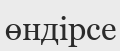
өндірсе